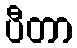
ပီတာ